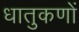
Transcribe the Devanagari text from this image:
धातुकणों